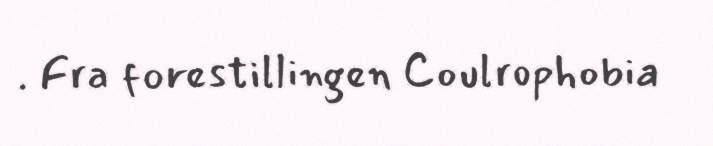
. Fra forestillingen Coulrophobia